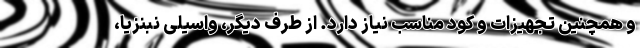
و همچنین تجهیزات و کود مناسب نیاز دارد. از طرف دیگر، واسیلی نبنزیا،